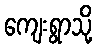
ကျေးရွာသို့